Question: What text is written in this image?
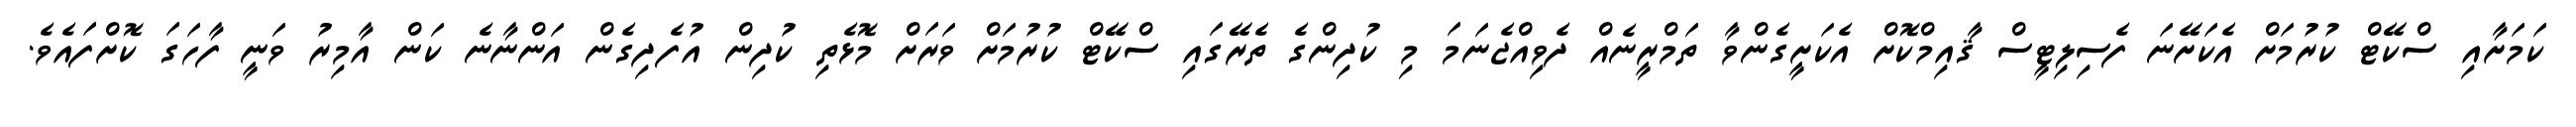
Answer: ކަމަށާއި ސްކޭޓް ކުރުމަށް އެކަށޭނަ ފެސިލިޓީސް ޤާއިމްކޮށް އެކަށީގެންވާ ތަމްރީނެއް ދެވިއްޖެނަމަ މި ކުދިންގެ ތެރޭގައި ސްކޭޓް ކުރުމަށް ވަރަށް މޮޅެތި ކުދިން އުފެދިގެން އަންނާނެ ކަން އާމިރު ވަނީ ފާހަގަ ކޮށްފައެވެ.